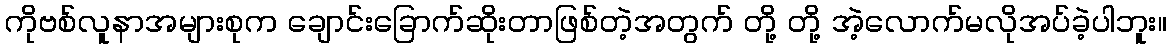
ကိုဗစ်လူနာအများစုက ချောင်းခြောက်ဆိုးတာဖြစ်တဲ့အတွက် တို့ တို့ အဲ့လောက်မလိုအပ်ခဲ့ပါဘူး။